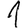
Digit: 1